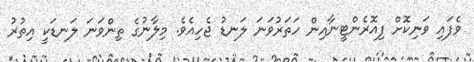
ވެފައި ވަނިކޮށް ފިއޮރެންޓީނާއިން ހަތަރުވަނަ ލަނޑު ޖެހިއެވެ. މިލާނުގެ ތިންވަނަ ލަނޑަކީ އިތުރު